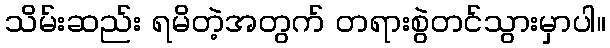
သိမ်းဆည်း ရမိတဲ့အတွက် တရားစွဲတင်သွားမှာပါ။